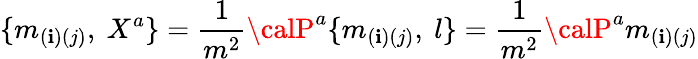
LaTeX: \{ m_{(\mathbf{i})(j)},\ X^{a}\} ={\frac{{1}}{{m^{2}}}}{\calP}^{a}\{ m_{(\mathbf{i})(j)},\ l\} ={\frac{{1}}{{m^{2}}}}{\calP}^{a}m_{(\mathbf{i})(j)}